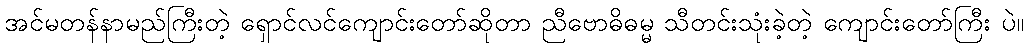
အင်မတန်နာမည်ကြီးတဲ့ ရှောင်လင်ကျောင်းတော်ဆိုတာ ညီဗောဓိဓမ္မ သီတင်းသုံးခဲ့တဲ့ ကျောင်းတော်ကြီး ပဲ။